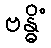
ဗန္ဓိံ